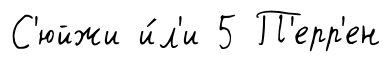
С'юйжи и́л'и 5 П'ерр'ен